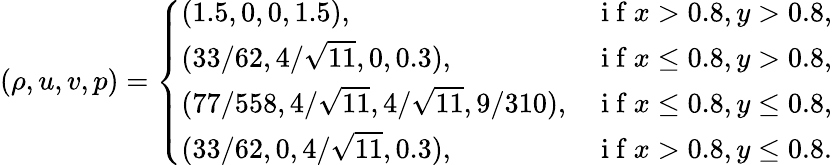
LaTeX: \left(\rho,u,v,p\right)=\left\{ \begin{array}{ll}{(1.5,0,0,1.5),}&{\mathrm{~i~f~}x>0.8,y>0.8,}\\ {(33/62,4/\sqrt{11},0,0.3),}&{\mathrm{~i~f~}x\leq 0.8,y>0.8,}\\ {(77/558,4/\sqrt{11},4/\sqrt{11},9/310),}&{\mathrm{~i~f~}x\leq 0.8,y\leq 0.8,}\\ {(33/62,0,4/\sqrt{11},0.3),}&{\mathrm{~i~f~}x>0.8,y\leq 0.8.}\end{array}\right.